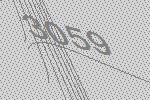
3059